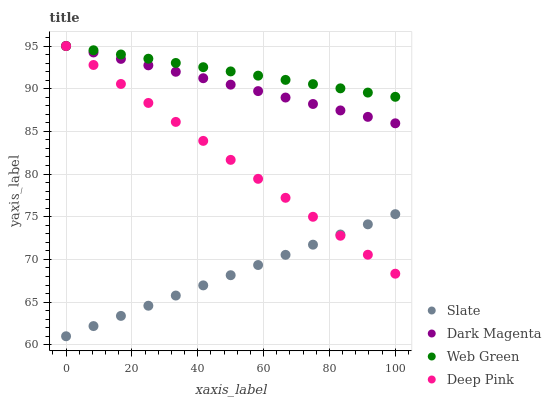
| xaxis_label | Slate | Dark Magenta | Web Green | Deep Pink |
 | --- | --- | --- | --- | --- |
 | 0 | 61 | 95 | 95 | 95 |
 | 8.33 | 62.2 | 94.2 | 94.5 | 92.8 |
 | 16.7 | 63.4 | 93.5 | 94 | 90.6 |
 | 25 | 64.6 | 92.7 | 93.5 | 88.3 |
 | 33.3 | 65.8 | 92 | 93 | 86.1 |
 | 41.7 | 67 | 91.2 | 92.5 | 83.9 |
 | 50 | 68.2 | 90.5 | 92 | 81.7 |
 | 58.3 | 69.3 | 89.7 | 91.5 | 79.4 |
 | 66.7 | 70.5 | 89 | 91 | 77.2 |
 | 75 | 71.7 | 88.2 | 90.5 | 75 |
 | 83.3 | 72.9 | 87.5 | 90 | 72.8 |
 | 91.7 | 74.1 | 86.7 | 89.5 | 70.6 |
 | 100 | 75.3 | 85.9 | 89 | 68.3 |